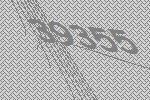
39355